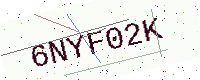
Text: 6NYF02K